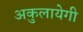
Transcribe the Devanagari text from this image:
अकुलायेगी